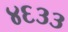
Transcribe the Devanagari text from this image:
४६३३